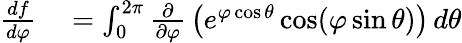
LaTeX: \begin{array}{rl}{{\frac{df}{d\varphi}}}&{{}=\int_{0}^{2\pi}{\frac{\partial}{\partial\varphi}}\left(e^{\varphi\cos\theta}\cos(\varphi\sin\theta)\right)\, d\theta}\end{array}